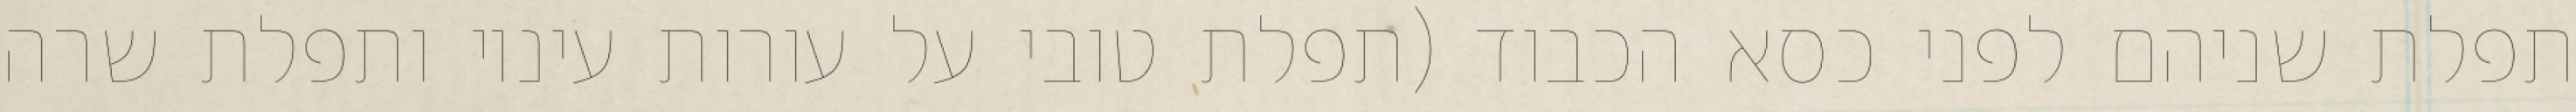
תפלת שניהם לפני כסא הכבוד (תפלת טובי על עורות עיניו ותפלת שרה